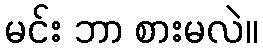
မင်း ဘာ စားမလဲ။